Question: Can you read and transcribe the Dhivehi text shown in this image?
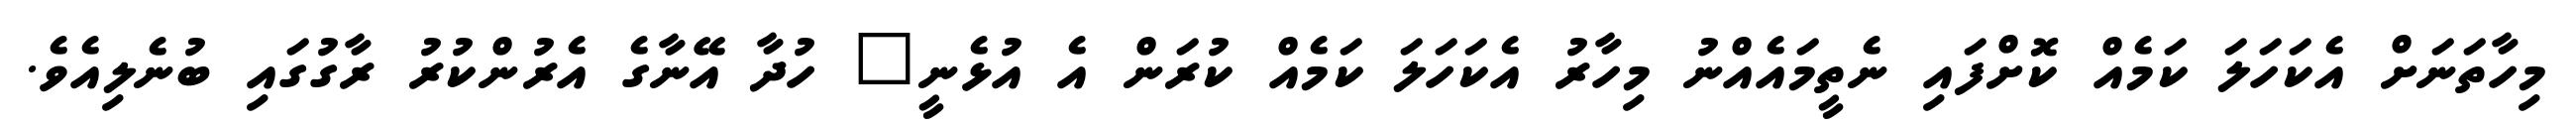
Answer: މިހާތަނަށް އެކަހަލަ ކަމެއް ކޮށްފައި ނެތީމައެއްނު މިހާރު އެކަހަލަ ކަމެއް ކުރަން އެ އުޅެނީ" ހުދާ އޭނާގެ އެރުންކުރު ރާގުގައި ބުނެލިއެވެ.